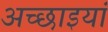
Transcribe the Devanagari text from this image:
अच्छाइयां